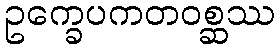
ဥက္ခေပကတဝစ္ဆဿ